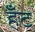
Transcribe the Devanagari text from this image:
हँट